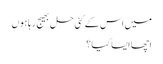
میں اس کے کئی حل بھیج رہا ہوں
اچھا ایسا کیا؟